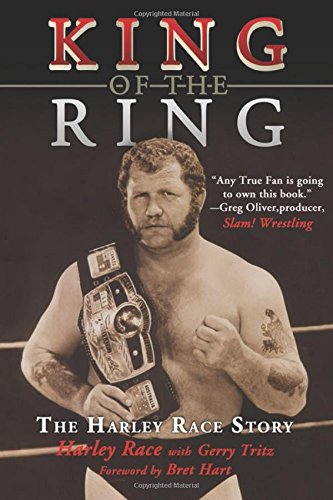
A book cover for King of the Ring: The Harley Race Story; Harley Race; Biographies & Memoirs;